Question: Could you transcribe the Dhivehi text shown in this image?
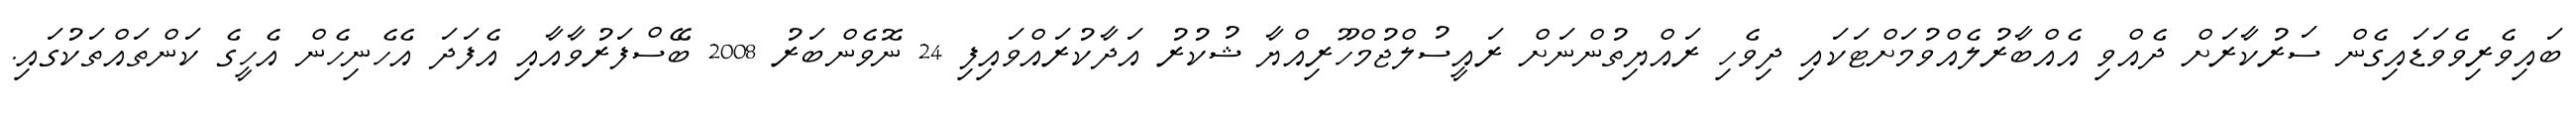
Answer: ބައިވެރިވެވަޑައިގެން ސަރުކާރަށް ދެއްވި އެއްބާރުލެއްވުމަށްޓަކައި ދިވެހި ރައްޔިތުންނަށް ރައީސުލްޖުމްހޫރިއްޔާ ޝުކުރު އަދާކުރައްވައިފި 24 ނޮވެންބަރު 2008 ބޭސްފަރުވާއާއި އެފަދަ އެހެނިހެން އެހީގެ ކަންތައްތަކުގައި.